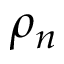
\rho _ { n }